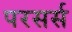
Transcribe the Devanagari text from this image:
परसर्स